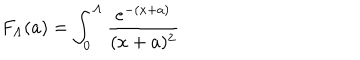
LaTeX: F _ { \Lambda } ( a ) = \int _ { 0 } ^ { \Lambda } \frac { e ^ { - ( x + a ) } } { ( x + a ) ^ { 2 } }